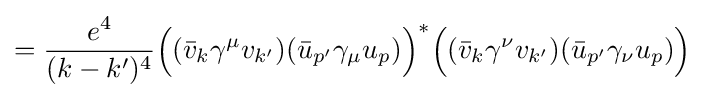
={\frac {e^{4}}{(k-k')^{4}}}{\Big (}({\bar {v}}_{k}\gamma ^{\mu }v_{k'})({\bar {u}}_{p'}\gamma _{\mu }u_{p}){\Big )}^{*}{\Big (}({\bar {v}}_{k}\gamma ^{\nu }v_{k'})({\bar {u}}_{p'}\gamma _{\nu }u_{p}){\Big )}